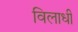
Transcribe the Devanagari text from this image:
विलाधी